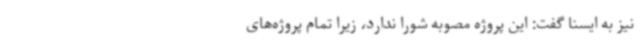
نیز به ایسنا گفت: این پروژه مصوبه شورا ندارد، زیرا تمام پروژه‌های